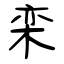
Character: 栾